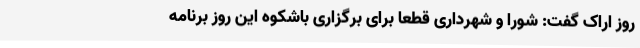
روز اراک گفت: شورا و شهرداری قطعا برای برگزاری باشکوه این روز برنامه